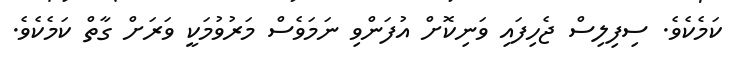
ކަމެކެވެ. ސިފިލިސް ޖެހިފައި ވަނިކޮށް އުފަންވި ނަމަވެސް މަރުވުމަކީ ވަރަށް ގާތް ކަމެކެވެ.